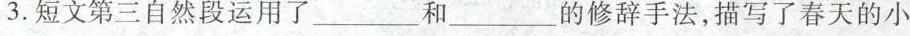
3.短文第三自然段运用了___、和___的修辞手法，描写了春天的